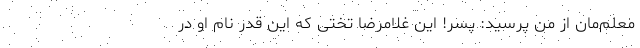
معلم‌مان از من پرسید: پسر! این غلامرضا تختی که این قدر نام او در